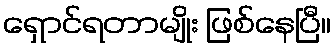
ရှောင်ရတာမျိုး ဖြစ်နေပြီ။